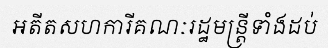
អតីតសហការីគណៈរដ្ឋមន្ត្រីទាំងដប់